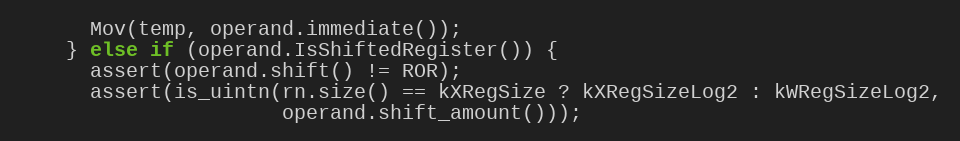
Language: C++
      Mov(temp, operand.immediate());
    } else if (operand.IsShiftedRegister()) {
      assert(operand.shift() != ROR);
      assert(is_uintn(rn.size() == kXRegSize ? kXRegSizeLog2 : kWRegSizeLog2,
                      operand.shift_amount()));